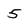
Character: 5